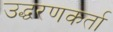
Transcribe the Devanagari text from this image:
उद्धरणकर्ता